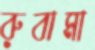
রুবামা